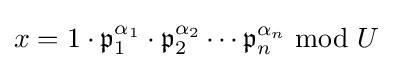
x=1\cdot {\mathfrak {p}}_{1}^{\alpha _{1}}\cdot {\mathfrak {p}}_{2}^{\alpha _{2}}\cdots {\mathfrak {p}}_{n}^{\alpha _{n}}\ {\rm {mod}}\ U